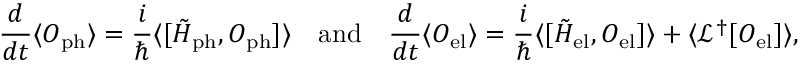
\frac { d } { d t } \langle O _ { \mathrm { p h } } \rangle = \frac { i } { \hbar } \langle [ \tilde { H } _ { \mathrm { p h } } , O _ { \mathrm { p h } } ] \rangle \quad \mathrm { a n d } \quad \frac { d } { d t } \langle O _ { \mathrm { e l } } \rangle = \frac { i } { \hbar } \langle [ \tilde { H } _ { \mathrm { e l } } , O _ { \mathrm { e l } } ] \rangle + \langle \mathcal { L } ^ { \dagger } [ O _ { \mathrm { e l } } ] \rangle ,